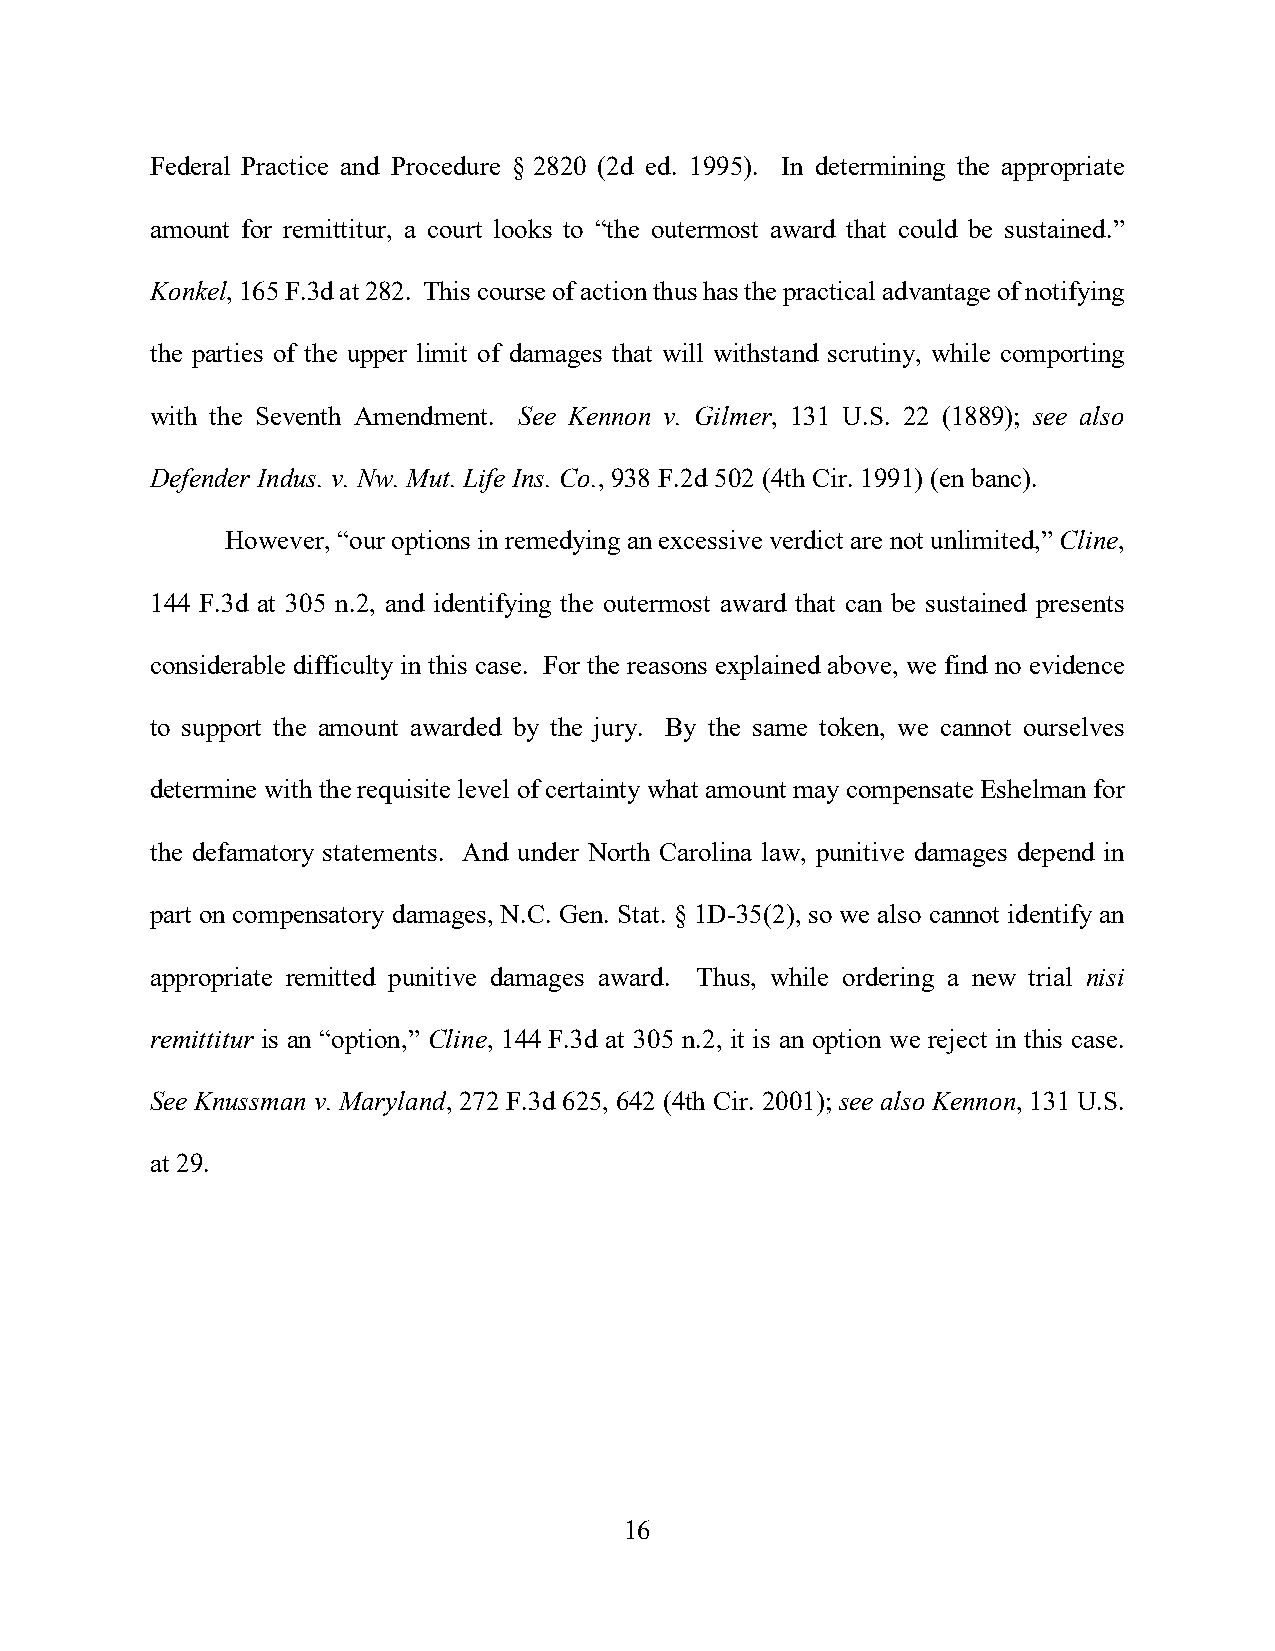
Federal Practice and Procedure § 2820 (2d ed. 1995). In determining the appropriate
 amount for remittitur, a court looks to “the outermost award that could be sustained.”
 Konkel, 165 F.3d at 282. This course of action thus has the practical advantage of notifying
 the parties of the upper limit of damages that will withstand scrutiny, while comporting
 with the Seventh Amendment. See Kennon v. Gilmer, 131 U.S. 22 (1889); see also
 Defender Indus. v. Nw. Mut. Life Ins. Co., 938 F.2d 502 (4th Cir. 1991) (en banc).
 However, “our options in remedying an excessive verdict are not unlimited,” Cline,
 144 F.3d at 305 n.2, and identifying the outermost award that can be sustained presents
 considerable difficulty in this case. For the reasons explained above, we find no evidence
 to support the amount awarded by the jury. By the same token, we cannot ourselves
 determine with the requisite level of certainty what amount may compensate Eshelman for
 the defamatory statements. And under North Carolina law, punitive damages depend in
 part on compensatory damages, N.C. Gen. Stat. § 1D-35(2), so we also cannot identify an
 appropriate remitted punitive damages award. Thus, while ordering a new trial nisi
 remittitur is an “option,” Cline, 144 F.3d at 305 n.2, it is an option we reject in this case.
 See Knussman v. Maryland, 272 F.3d 625, 642 (4th Cir. 2001); see also Kennon, 131 U.S.
 at 29.
 16